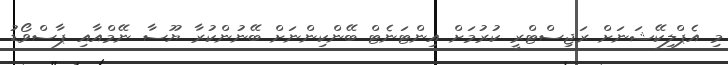
މި އެޕްލިކޭޝަނަށް ރަޖިސްޓްރީ ކުރުމަށް އިންޓަނެޓް ބޭންކިންނަށް ބޭނުންކުރާ ޔޫސާ ނޭމްއާއި ޕާސްވޯޑު